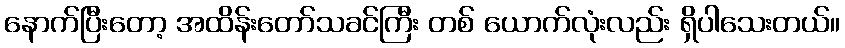
နောက်ပြီးတော့ အထိန်းတော်သခင်ကြီး တစ် ယောက်လုံးလည်း ရှိပါသေးတယ်။